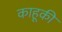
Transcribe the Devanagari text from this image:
काहूकी